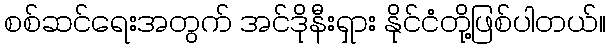
စစ်ဆင်ရေးအတွက် အင်ဒိုနီးရှား နိုင်ငံတို့ဖြစ်ပါတယ်။